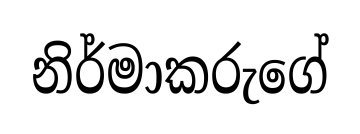
නිර්මාකරුගේ